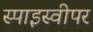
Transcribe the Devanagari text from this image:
स्पाइस्वीपर